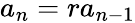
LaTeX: a_{n}=ra_{n-1}